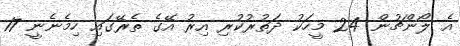
އެ ލޯންޗުން 24 މީހަކު ދަތުރުކުރި އިރު އޭގެ ތެރޭގައި ހިމެނެނީ 17